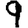
Digit: 9